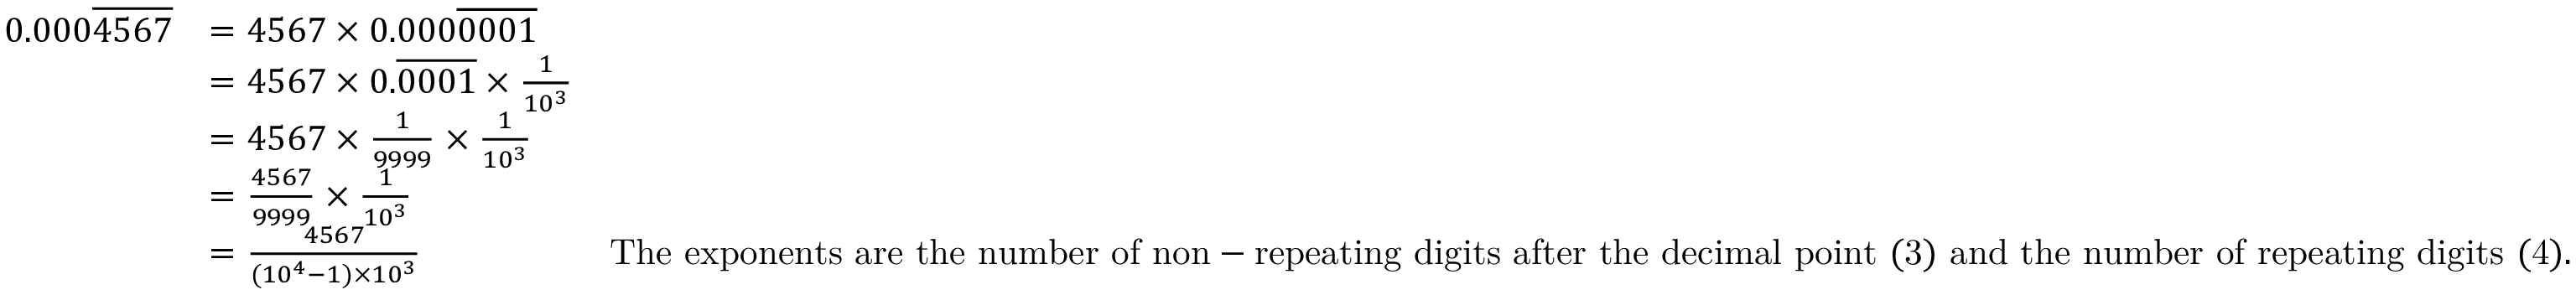
{ \begin{array} { r l r } { 0 . 0 0 0 { \overline { { 4 5 6 7 } } } } & { = 4 5 6 7 \times 0 . 0 0 0 { \overline { { 0 0 0 1 } } } } \\ & { = 4 5 6 7 \times 0 . { \overline { { 0 0 0 1 } } } \times { \frac { 1 } { 1 0 ^ { 3 } } } } \\ & { = 4 5 6 7 \times { \frac { 1 } { 9 9 9 9 } } \times { \frac { 1 } { 1 0 ^ { 3 } } } } \\ & { = { \frac { 4 5 6 7 } { 9 9 9 9 } } \times { \frac { 1 } { 1 0 ^ { 3 } } } } \\ & { = { \frac { 4 5 6 7 } { ( 1 0 ^ { 4 } - 1 ) \times 1 0 ^ { 3 } } } } & { { \mathrm { T h e ~ e x p o n e n t s ~ a r e ~ t h e ~ n u m b e r ~ o f ~ n o n - r e p e a t i n g ~ d i g i t s ~ a f t e r ~ t h e ~ d e c i m a l ~ p o i n t ~ ( 3 ) ~ a n d ~ t h e ~ n u m b e r ~ o f ~ r e p e a t i n g ~ d i g i t s ~ ( 4 ) . } } } \end{array} }